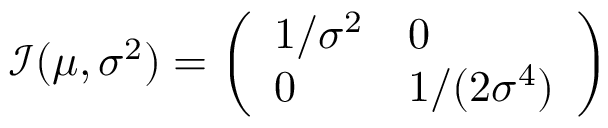
{ \mathcal { I } } ( \mu , \sigma ^ { 2 } ) = { \left( \begin{array} { l l } { 1 / \sigma ^ { 2 } } & { 0 } \\ { 0 } & { 1 / ( 2 \sigma ^ { 4 } ) } \end{array} \right) }